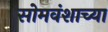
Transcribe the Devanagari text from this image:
सोमवंशाच्या